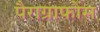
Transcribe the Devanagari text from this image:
पैराग्राफोंस